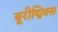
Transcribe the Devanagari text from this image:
यूरीद्मिक्स